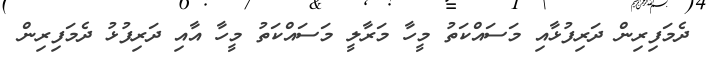
ދެމަފިރިން ދަރިފުޅާއި މަސައްކަތު މީހާ މަރާލީ މަސައްކަތު މީހާ އާއި ދަރިފުޅު ދެމަފިރިން